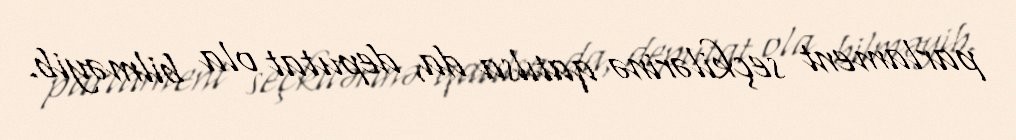
parlament seçkilərinə qatılsa da, deputat ola bilməyib.